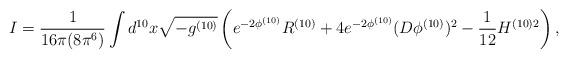
LaTeX: \begin{align*}I = \frac{1}{16 \pi (8\pi^6) } \int d^{10} x \sqrt{-g^{(10)}} \left( e^{-2 \phi^{(10)}} R^{(10)} + 4 e^{-2 \phi^{(10)}} (D \phi^{(10)} )^2 - \frac{1}{12} H^{(10) 2} \right) ,\end{align*}